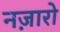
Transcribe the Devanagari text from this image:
नज़ारो